Medical and sanitary report of the native army of Bengal for the year
Year: 1876
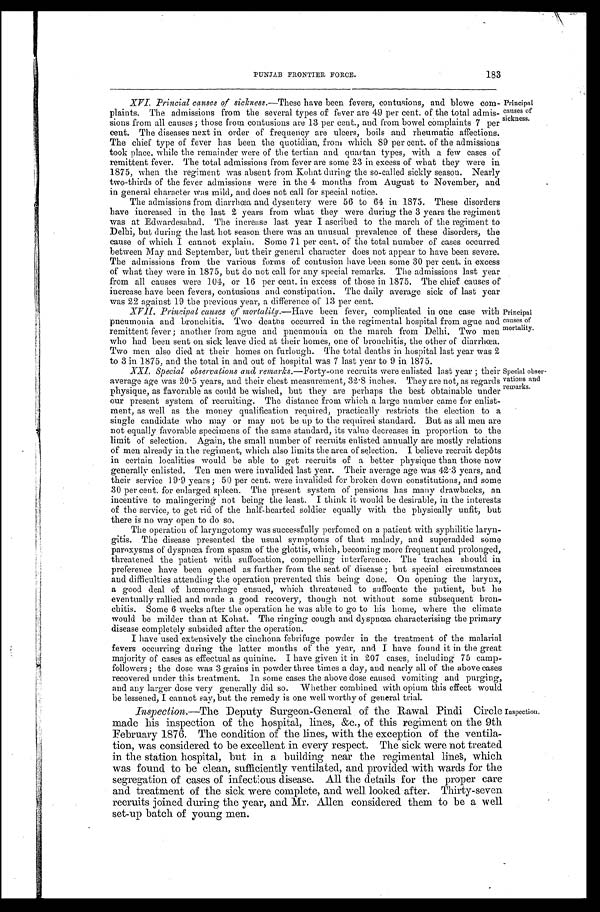
Principal
causes of
sickness.
XVI.Princial causes of sickness.—These have been fevers, contusions, and blowe com--
plaints. The admissions from the several types of fever are 49 per cent. of the total admis--
sions from all causes ; those from contusions are 13 per cent., and from bowel complaints 7 per
cent. The diseases next in order of frequency are ulcers, boils and rheumatic affections.
The chief type of fever has been the quotidian, from which 89 per cent. of the admissions
took place, while the remainder were of the tertian and quartan types, with a few cases of
remittent fever. The total admissions from fever are some 23 in excess of what they were in
1875, when the regiment was absent from Kohat during the so-called sickly season. Nearly
two-thirds of the fever admissions were in the 4 months from August to November, and
in general character was mild, and does not call for special notice.
The admissions from diarrhœa, and dysentery were 56 to 64 in 1875. These disorders
have increased in the last 2 years from what they were during the 3 years the regiment
was at Edwardesabad. The increase last year I ascribed to the march of the regiment to
Delhi, but during the last hot season there was an unusual prevalence of these disorders, the
cause of which I cannot explain. Some 71 per cent. of the total number of cases occurred
between May and September, but their general character does not appear to have been severe.
The admissions from the various forms of contusion have been some 30 per cent. in excess
of what they were in 1875, but do not call for any special remarks. The admissions last year
from all causes were 104, or 16 per cent. in excess of those in 1875. The chief causes of
increase have been fevers, contusions and constipation. The daily average sick of last year
was 22 against 19 the previous year, a difference of 13 per cent.
XVII.Principal causes of mortality. —Have been fever, complicated in one case with
pneumonia and bronchitis. Two deaths occurred in the regimental hospital from ague and
remittent fever ; another from ague and pneumonia on the march from Delhi. Two men
who had been sent on sick leave died at their homes, one of bronchitis, the other of diarrhœa.
Two men also died at their homes on furlough. The total deaths in hospital last year was 2
to 3 in 1875, and the total in and out of hospital was 7 last year to 9 in 1875.
Principal
causes of
mortality.
XXI. Special observations and remarks. —Forty-one recruits were enlisted last year ; their
average age was 20 . 5 years, and their chest measurement, 32 . 8 inches. They are not, as regards
physique, as favorable as could be wished, but they are perhaps the best obtainable under
our present system of recruiting. The distance from which a large number came for enlist-
-ment, as well as the money qualification required, practically restricts the election to a
single candidate who may or may not be up to the required standard. But as all men are
not equally favorable specimens of the same standard, its value decreases in proportion to the
limit of selection. Again, the small number of recruits enlisted annually are mostly relations
of men already in the regiment, which also limits the area of selection. I believe recruit depôts
in certain localities would be able to get recruits of a better physique than those now
generally enlisted. Ten men were invalided last year. Their average age was 42 .3 years, and
their service 19 . 9 years ; 50 per cent. were invalided for broken down constitutions, and some
30 per cent. for enlarged spleen. The present system of pensions has many drawbacks, an
incentive to malingering not being the least. I think it would be desirable, in the interests
of the service, to get rid of the half-hearted soldier equally with the physically unfit, but
there is no way open to do so.
The operation of laryngotomy was successfully perfomed on a patient with syphilitic laryn--
gitis. The disease presented the usual symptoms of that malady, and superadded some
paroxysms of dyspnœa from spasm of the glottis, which, becoming more frequent and prolonged,
threatened the patient with suffocation, compelling interference. The trachea should in
preference have been opened as further from the seat of disease ; but special circumstances
and difficulties attending the operation prevented this. being done. On opening the larynx,
a good deal of hœmorrhage ensued, which threatened to suffocate the patient, but he
eventually rallied and made a good recovery, though not without some subsequent bron-
chitis. Some 6 weeks after the operation he was able to go to his home, where the climate
would be milder than at Kohat. The ringing cough and dyspnœa characterising the primary
disease completely subsided after the operation.
I have used extensively the cinchona febrifuge powder in the treatment of the malarial
fevers occurring during the latter months of the year, and I have found it in the great
majority of cases as effectual as quinine. I have given it in 207 cases, including 75 camp-
followers ; the dose was 3 grains in powder three times a day, and nearly all of the above cases
recovered under this treatment. In some cases the above dose caused vomiting and purging,
and any larger dose very generally did so. Whether combined with opium this effect would
be lessened, I cannot say, but the remedy is one well worthy of general trial.
Special obser-
vations and
remarks.
Inspection.—The Deputy Surgeon-General of the Rawal Pindi Circle
made his inspection of the hospital, lines, &c., of this regiment on the 9th
February 1876. The condition of the lines, with the exception of the ventila--
tion, was considered to be excellent in every respect. The sick were not treated
in the station hospital, but in a building near the regimental lines, which
was found to be clean, sufficiently ventilated, and provided with wards for the
segregation of cases of infectious disease. All the details for the proper care
and treatment of the sick were complete, and well looked after. Thirty-seven
recruits joined during the year, and Mr. Allen considered them to be a well
set-up batch of young men.
Inspection.